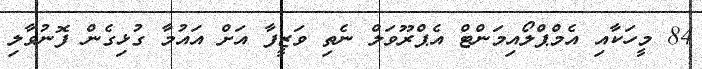
84 މީހަކާއި އެމްޕްލޯއިމަންޓް އެޕްރޫވަލް ނެތި ވަޒީފާ އަށް އައުމާ ގުޅިގެން ފޮނުވާލި